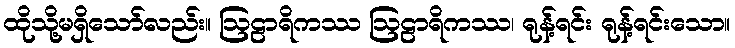
ထိုသို့မရှိသော်လည်း။ ဩဠာရိကဿ ဩဠာရိကဿ၊ ရုန့်ရင်း ရုန့်ရင်းသော။